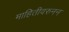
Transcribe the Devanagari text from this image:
माहितीवरुनन